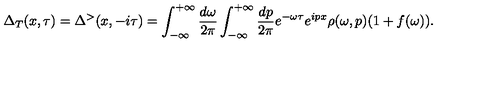
\Delta _ { T } ( x , \tau ) = \Delta ^ { > } ( x , - i \tau ) = \int _ { - \infty } ^ { + \infty } \frac { d \omega } { 2 \pi } \int _ { - \infty } ^ { + \infty } \frac { d p } { 2 \pi } e ^ { - \omega \tau } e ^ { i p x } \rho ( \omega , p ) ( 1 + f ( \omega ) ) .